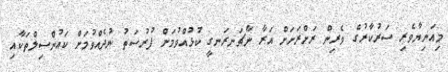
މިއަނިޔާވެރި ސަރުކާރުގެ ވެރިން ރަށްރަށަށް އަރާ ނާޗަނރަނގީ ކުޅުއްވުމަށް ފުރުސަތު ނުދެއްވުމަށް ކައުންސިލްތަކާއި